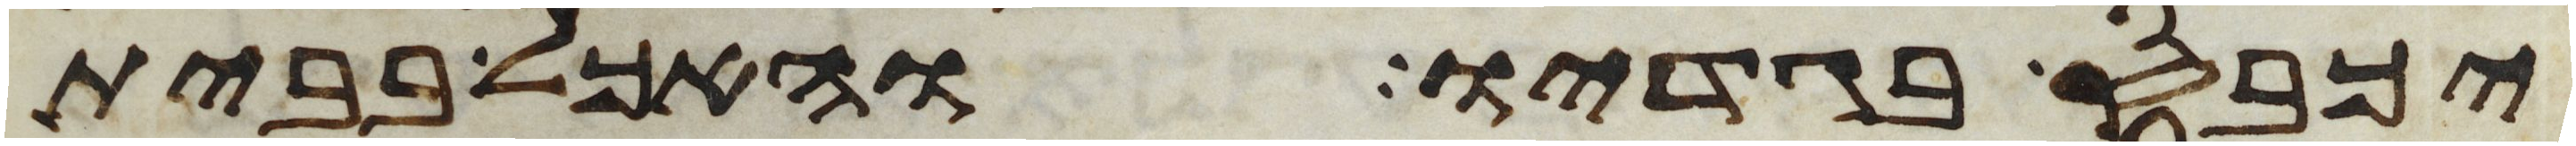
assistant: יכבס בגדיו והאכל בבית